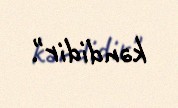
kəndidir".